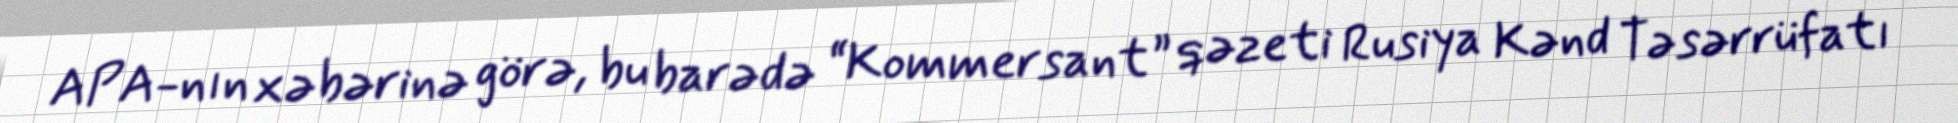
APA-nın xəbərinə görə, bu barədə “Kommersant” qəzeti Rusiya Kənd Təsərrüfatı